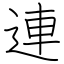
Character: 連